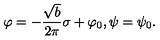
\varphi = - \frac { \sqrt { b } } { 2 \pi } \sigma + \varphi _ { 0 } , \psi = \psi _ { 0 } .